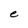
Character: e